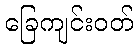
ခြေကျင်းဝတ်